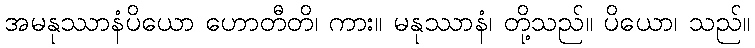
အမနုဿာနံပိယော ဟောတီတိ၊ ကား။ မနုဿာနံ၊ တို့သည်။ ပိယော၊ သည်။